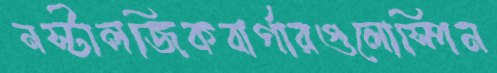
নস্টালজিকবার্গারগুলোস্পিন